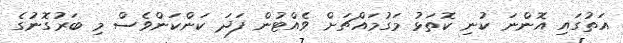
އަތުގައި އޮންނަ ކުނި ކޮތަޅު މަގުމައްޗަށް ވެއްޓުން ފަދަ ކަންކަންވެސް މި ބަރުގޮނުގެ